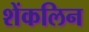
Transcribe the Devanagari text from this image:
शेंकलिन